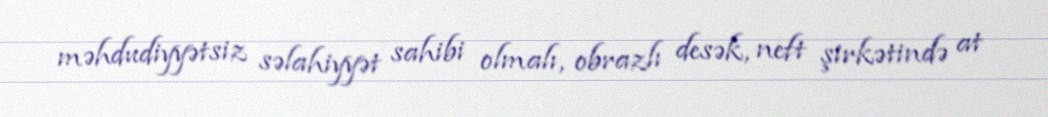
məhdudiyyətsiz səlahiyyət sahibi olmalı, obrazlı desək, neft şirkətində at